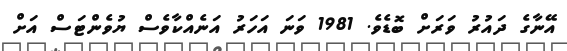
އޭނާގެ ދައުރު ވަރަށް ބޮޑެވެ. 1981 ވަނަ އަހަރު އަނެއްކާވެސް ޔުވެންޓަސް އަށް